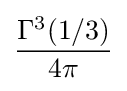
{\frac {\Gamma ^{3}(1/3)}{4\pi }}